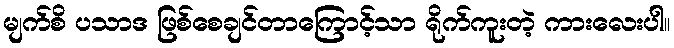
မျက်စိ ပသာဒ ဖြစ်စေချင်တာကြောင့်သာ ရိုက်ကူးတဲ့ ကားလေးပါ။